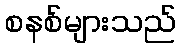
စနစ်များသည်